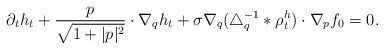
\begin{align*}\partial_t h_t + \frac{p}{\sqrt{1+\lvert p \rvert^2}} \cdot \nabla_q h_t + \sigma \nabla_q(\triangle_q^{-1}\ast \rho^h_t) \cdot \nabla_p f_0 =0. \end{align*}